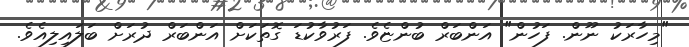
"މިހާރަކު ނޫން. ފަހުން" އަންބަރް ބުންޏެވެ. ފަރުވާކުޑަ ގޮތަކަށް އަންބަރް ދުރަށް ބަލައިލިއެވެ.